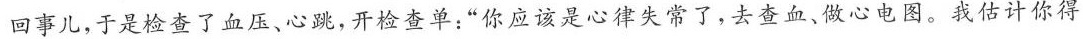
回事儿，于是检查了血压、心跳，开检查单”你应该是心律失常了，去查血、做心电图。我估计你得